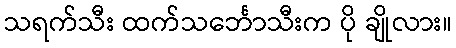
သရက်သီး ထက်သင်္ဘောသီးက ပို ချိုလား။